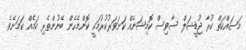
މަސައްކަތް ކުރާ ޖުޑީޝަލް ސާވިސް ކޮމިޝަނެއް ކަށަވަރުކުރުމަކީ ކޮންމެހެން ބޭނުންތެރި ކަމެއް ކަމަށެވެ.